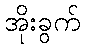
အိုးခွက်